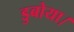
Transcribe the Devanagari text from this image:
डुबोया।